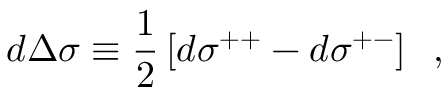
d \Delta \sigma \equiv \frac { 1 } { 2 } \left[ d \sigma ^ { + + } - d \sigma ^ { + - } \right] \; \; ,